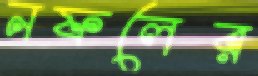
নফলের